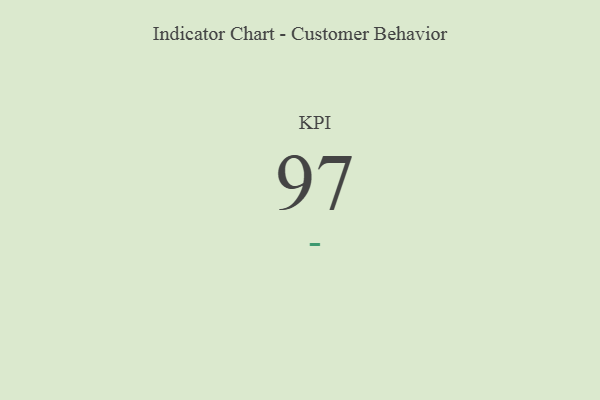
{"axis": {"x": "KPI", "y": "Value"}, "legend": [""], "data": [{"x": "KPI", "y": 97, "type": ""}]}